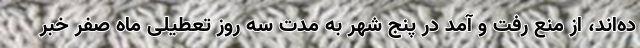
ده‌اند، از منع رفت و آمد در پنج شهر به مدت سه روز تعطیلی ماه صفر خبر